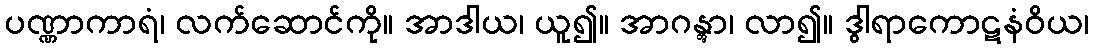
ပဏ္ဏာကာရံ၊ လက်ဆောင်ကို။ အာဒါယ၊ ယူ၍။ အာဂန္တွာ၊ လာ၍။ ဒွါရာကောဋနံဝိယ၊